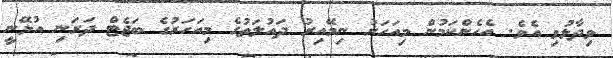
ވިދާޅުވި އެވެ. އެހެންކަމުން މިއަހަރު ނިމޭއިރު ދައުލަތުގެ މިއަހަރުގެ ބަޖެޓް ދަރަނި އުޅޭނީ